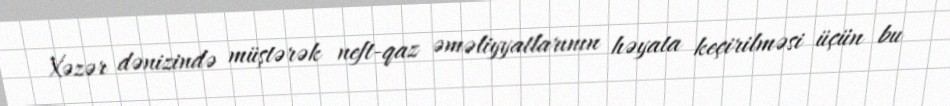
Xəzər dənizində müştərək neft-qaz əməliyyatlarının həyata keçirilməsi üçün bu